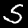
Digit: 5